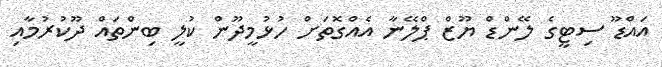
އައްޑޫ ސިޓީގެ ލޭންޑް ޔޫޒް ޕްލޭނާ އެއްގޮތަށް ހުޅުމީދޫން ކުލީ ބިންތައް ދޫކުރުމާއި